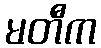
မတီက